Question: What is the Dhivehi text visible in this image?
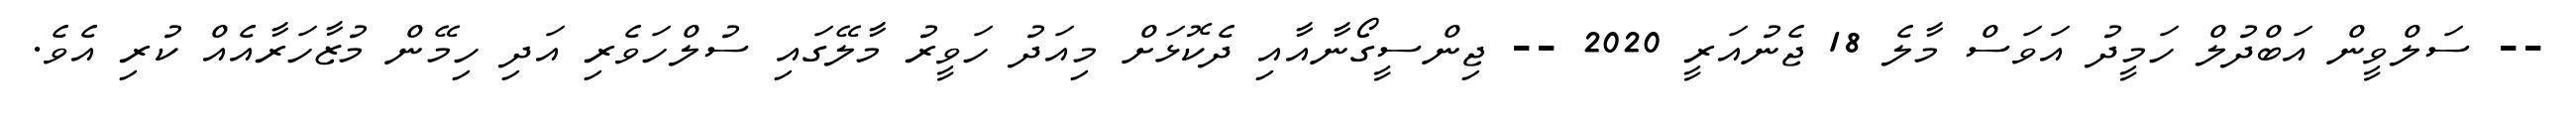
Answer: -- ސަލްވީން އަބްދުލް ހަމީދު އަވަސް މާލެ 18 ޖެނުއަރީ 2020 -- ޖިންސީގޯނާއާއި ދެކޮޅަށް މިއަދު ހަވީރު މާލޭގައި ސުލްހަވެރި އަދި ހިމޭން މުޒާހަރާއެއް ކުރި އެވެ.